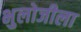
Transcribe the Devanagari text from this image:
भुलोजीला